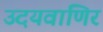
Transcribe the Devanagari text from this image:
उदयवाणिर